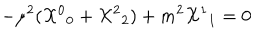
- \mu ^ { 2 } ( { { \cal X } ^ { 0 } } _ { 0 } + { { \cal X } ^ { 2 } } _ { 2 } ) + m ^ { 2 } { { \cal X } ^ { 1 } } _ { 1 } = 0